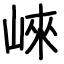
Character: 崍